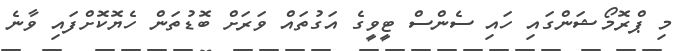
މި ޕްރޮމޯޝަންގައި ހައި ސެންސް ޓީވީގެ އަގުތައް ވަރަށް ބޮޑުތަން ހެޔޮކޮށްފައި ވާނެ